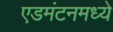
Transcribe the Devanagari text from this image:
एडमंटनमध्ये